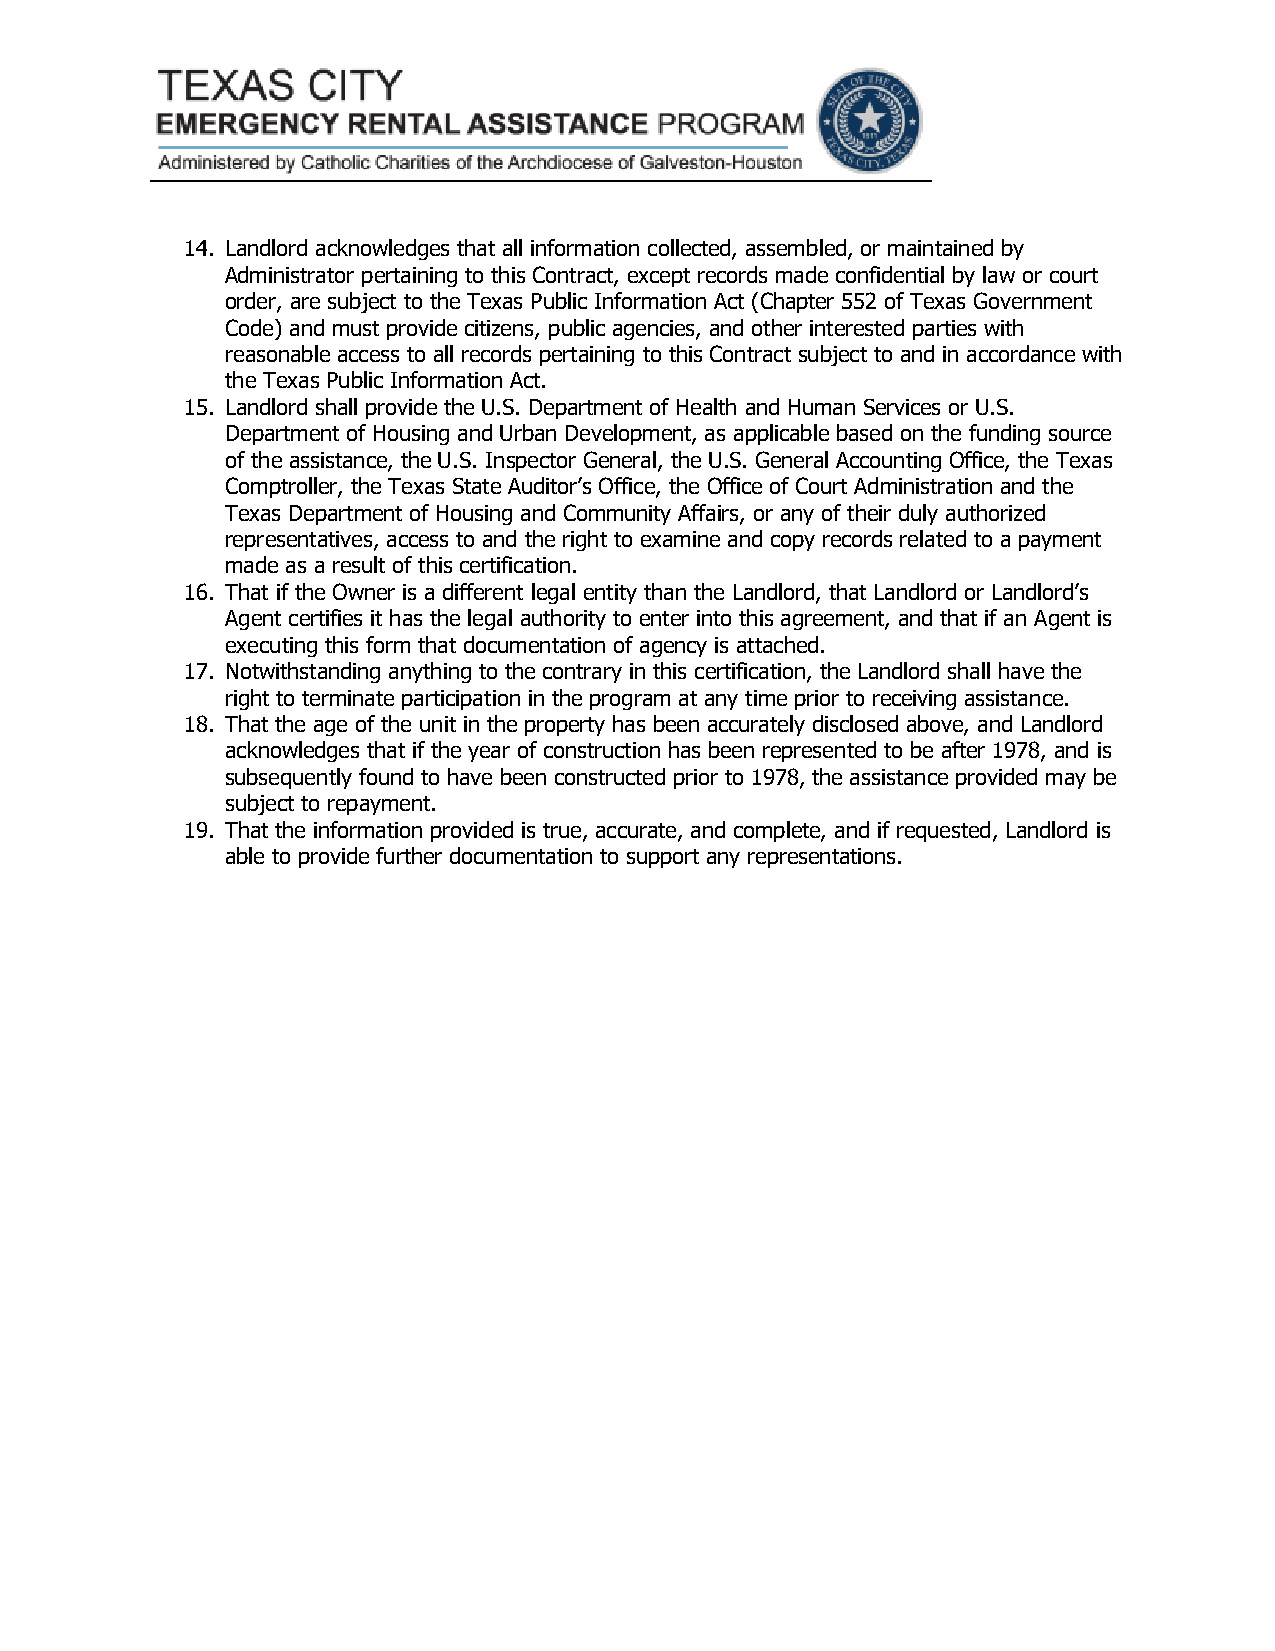
14. Landlord acknowledges that all information collected, assembled, or maintained by
 Administrator pertaining to this Contract, except records made confidential by law or court
 order, are subject to the Texas Public Information Act (Chapter 552 of Texas Government
 Code) and must provide citizens, public agencies, and other interested parties with
 reasonable access to all records pertaining to this Contract subject to and in accordance with
 the Texas Public Information Act.
 15. Landlord shall provide the U.S. Department of Health and Human Services or U.S.
 Department of Housing and Urban Development, as applicable based on the funding source
 of the assistance, the U.S. Inspector General, the U.S. General Accounting Office, the Texas
 Comptroller, the Texas State Auditor’s Office, the Office of Court Administration and the
 Texas Department of Housing and Community Affairs, or any of their duly authorized
 representatives, access to and the right to examine and copy records related to a payment
 made as a result of this certification.
 16. That if the Owner is a different legal entity than the Landlord, that Landlord or Landlord’s
 Agent certifies it has the legal authority to enter into this agreement, and that if an Agent is
 executing this form that documentation of agency is attached.
 17. Notwithstanding anything to the contrary in this certification, the Landlord shall have the
 right to terminate participation in the program at any time prior to receiving assistance.
 18. That the age of the unit in the property has been accurately disclosed above, and Landlord
 acknowledges that if the year of construction has been represented to be after 1978, and is
 subsequently found to have been constructed prior to 1978, the assistance provided may be
 subject to repayment.
 19. That the information provided is true, accurate, and complete, and if requested, Landlord is
 able to provide further documentation to support any representations.